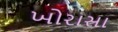
ખોરાસા